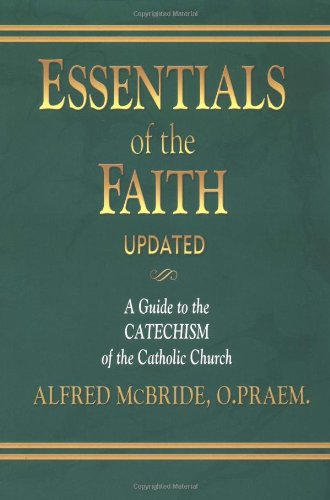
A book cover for Essentials of the Faith: A Guide to the Catechism of the Catholic Church; Alfred McBride; Christian Books & Bibles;